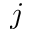
j